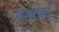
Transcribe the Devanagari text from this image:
गेसटाल्ट